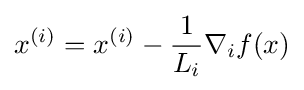
x^{(i)}=x^{(i)}-{\frac {1}{L_{i}}}\nabla _{i}f(x)